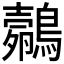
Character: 𱈼